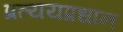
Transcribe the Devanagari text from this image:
प्रत्ययप्रधान